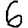
Digit: 6